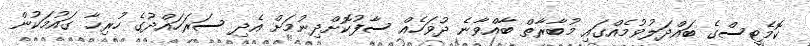
ކޮމެޓީސްގެ ބައްދަލުވުމެއްގައި މުބާރާތް ބާއްވާނެ ދުވަހެއް ސާފުކޮށްދިނުމަށް އެދި ސަރަހައްދުގެ ހުރިހާ ގައުމަކުން